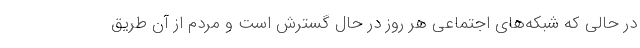
در حالي كه شبكه‌هاي اجتماعي هر روز در حال گسترش است و مردم از آن طريق